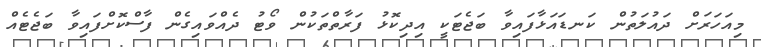
މިއަހަރަށް ދައުލަތުން ކަނޑައަޅާފައިވާ ބަޖެޓަކީ އިދިކޮޅު ފަރާތްތަކުން ވޯޓު ދެއްވައިގެން ފާސްކޮށްފައިވާ ބަޖެޓެއް